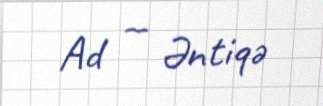
Ad — Əntiqə